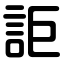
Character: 詎